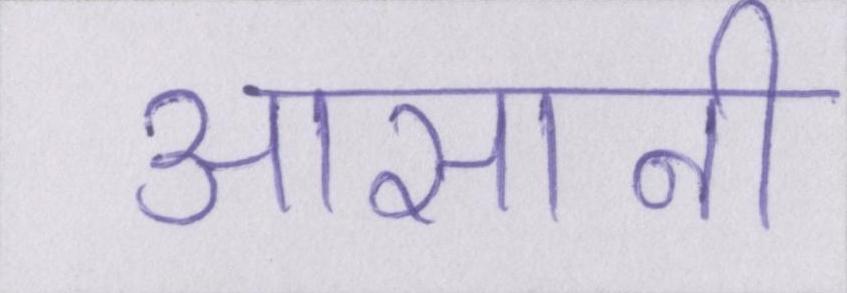
आसानी